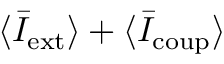
\langle \bar { I } _ { \mathrm { e x t } } \rangle + \langle \bar { I } _ { \mathrm { c o u p } } \rangle